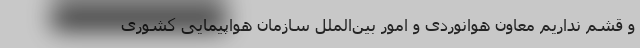
و قشم نداریم معاون هوانوردی و امور بین‌الملل سازمان هواپیمایی کشوری